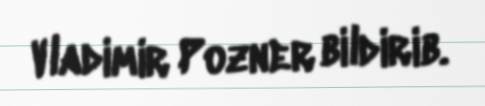
Vladimir Pozner bildirib.